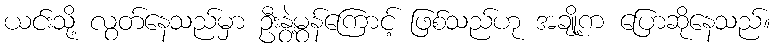
ယင်းသို့ လွတ်နေသည်မှာ ဦးနွဲ့မွန်ကြောင့် ဖြစ်သည်ဟု အချို့က ပြောဆိုနေသည်။